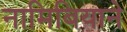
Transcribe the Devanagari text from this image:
नामिबियाने